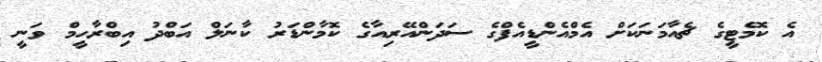
އެ ކޮމެޓީގެ ޗެއާމަނަކަށް އެމްއެންޑީއެފްގެ ސަދަންއޭރިއާގެ ކޮމާންޑަރު ކާނަލް އަބްދު އިބްރާހީމް ވަނީ